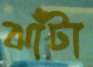
ঝাঁটা